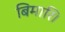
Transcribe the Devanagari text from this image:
बिमारि।